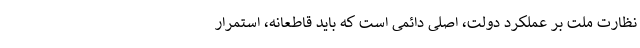
نظارت ملت بر عملکرد دولت، اصلی دائمی است که باید قاطعانه، استمرار